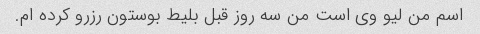
اسم من لیو وی است من سه روز قبل بلیط بوستون رزرو کرده ام.